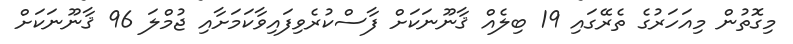
މިގޮތުން މިއަހަރުގެ ތެރޭގައި 19 ބިލެއް ޤާނޫނަކަށް ފާސްކުރެވިފައިވާކަމަށާއި ޖުމްލަ 96 ޤާނޫނަކަށް